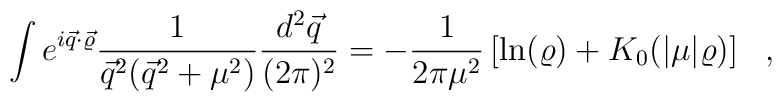
\int e^{i\vec q\cdot\vec \varrho} \frac{1}                                    {\vec q ^2(\vec q^2 +\mu ^2)}                                    \frac{d^2\vec q}{(2\pi)^2}  =  -\frac{1}{2\pi\mu ^2}\left[\ln(\varrho)     + K_0(|\mu|\varrho)\right]~~,